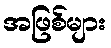
အဖြစ်များ